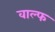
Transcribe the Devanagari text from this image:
वाल्फ